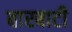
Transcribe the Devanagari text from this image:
बारबाटी